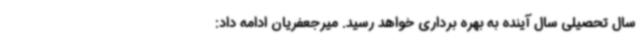
سال تحصیلی سال آینده به بهره برداری خواهد رسید. میرجعفریان ادامه داد: